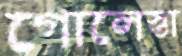
গোলেস্তা